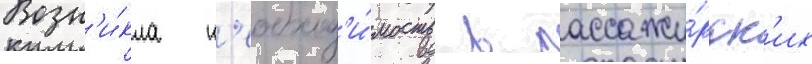
Возн'и́кла н'еобход'и́мость в пассажи́рск'их